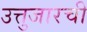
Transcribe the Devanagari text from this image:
उत्तुजारची